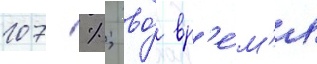
107 %; во́ вр'е́м'я